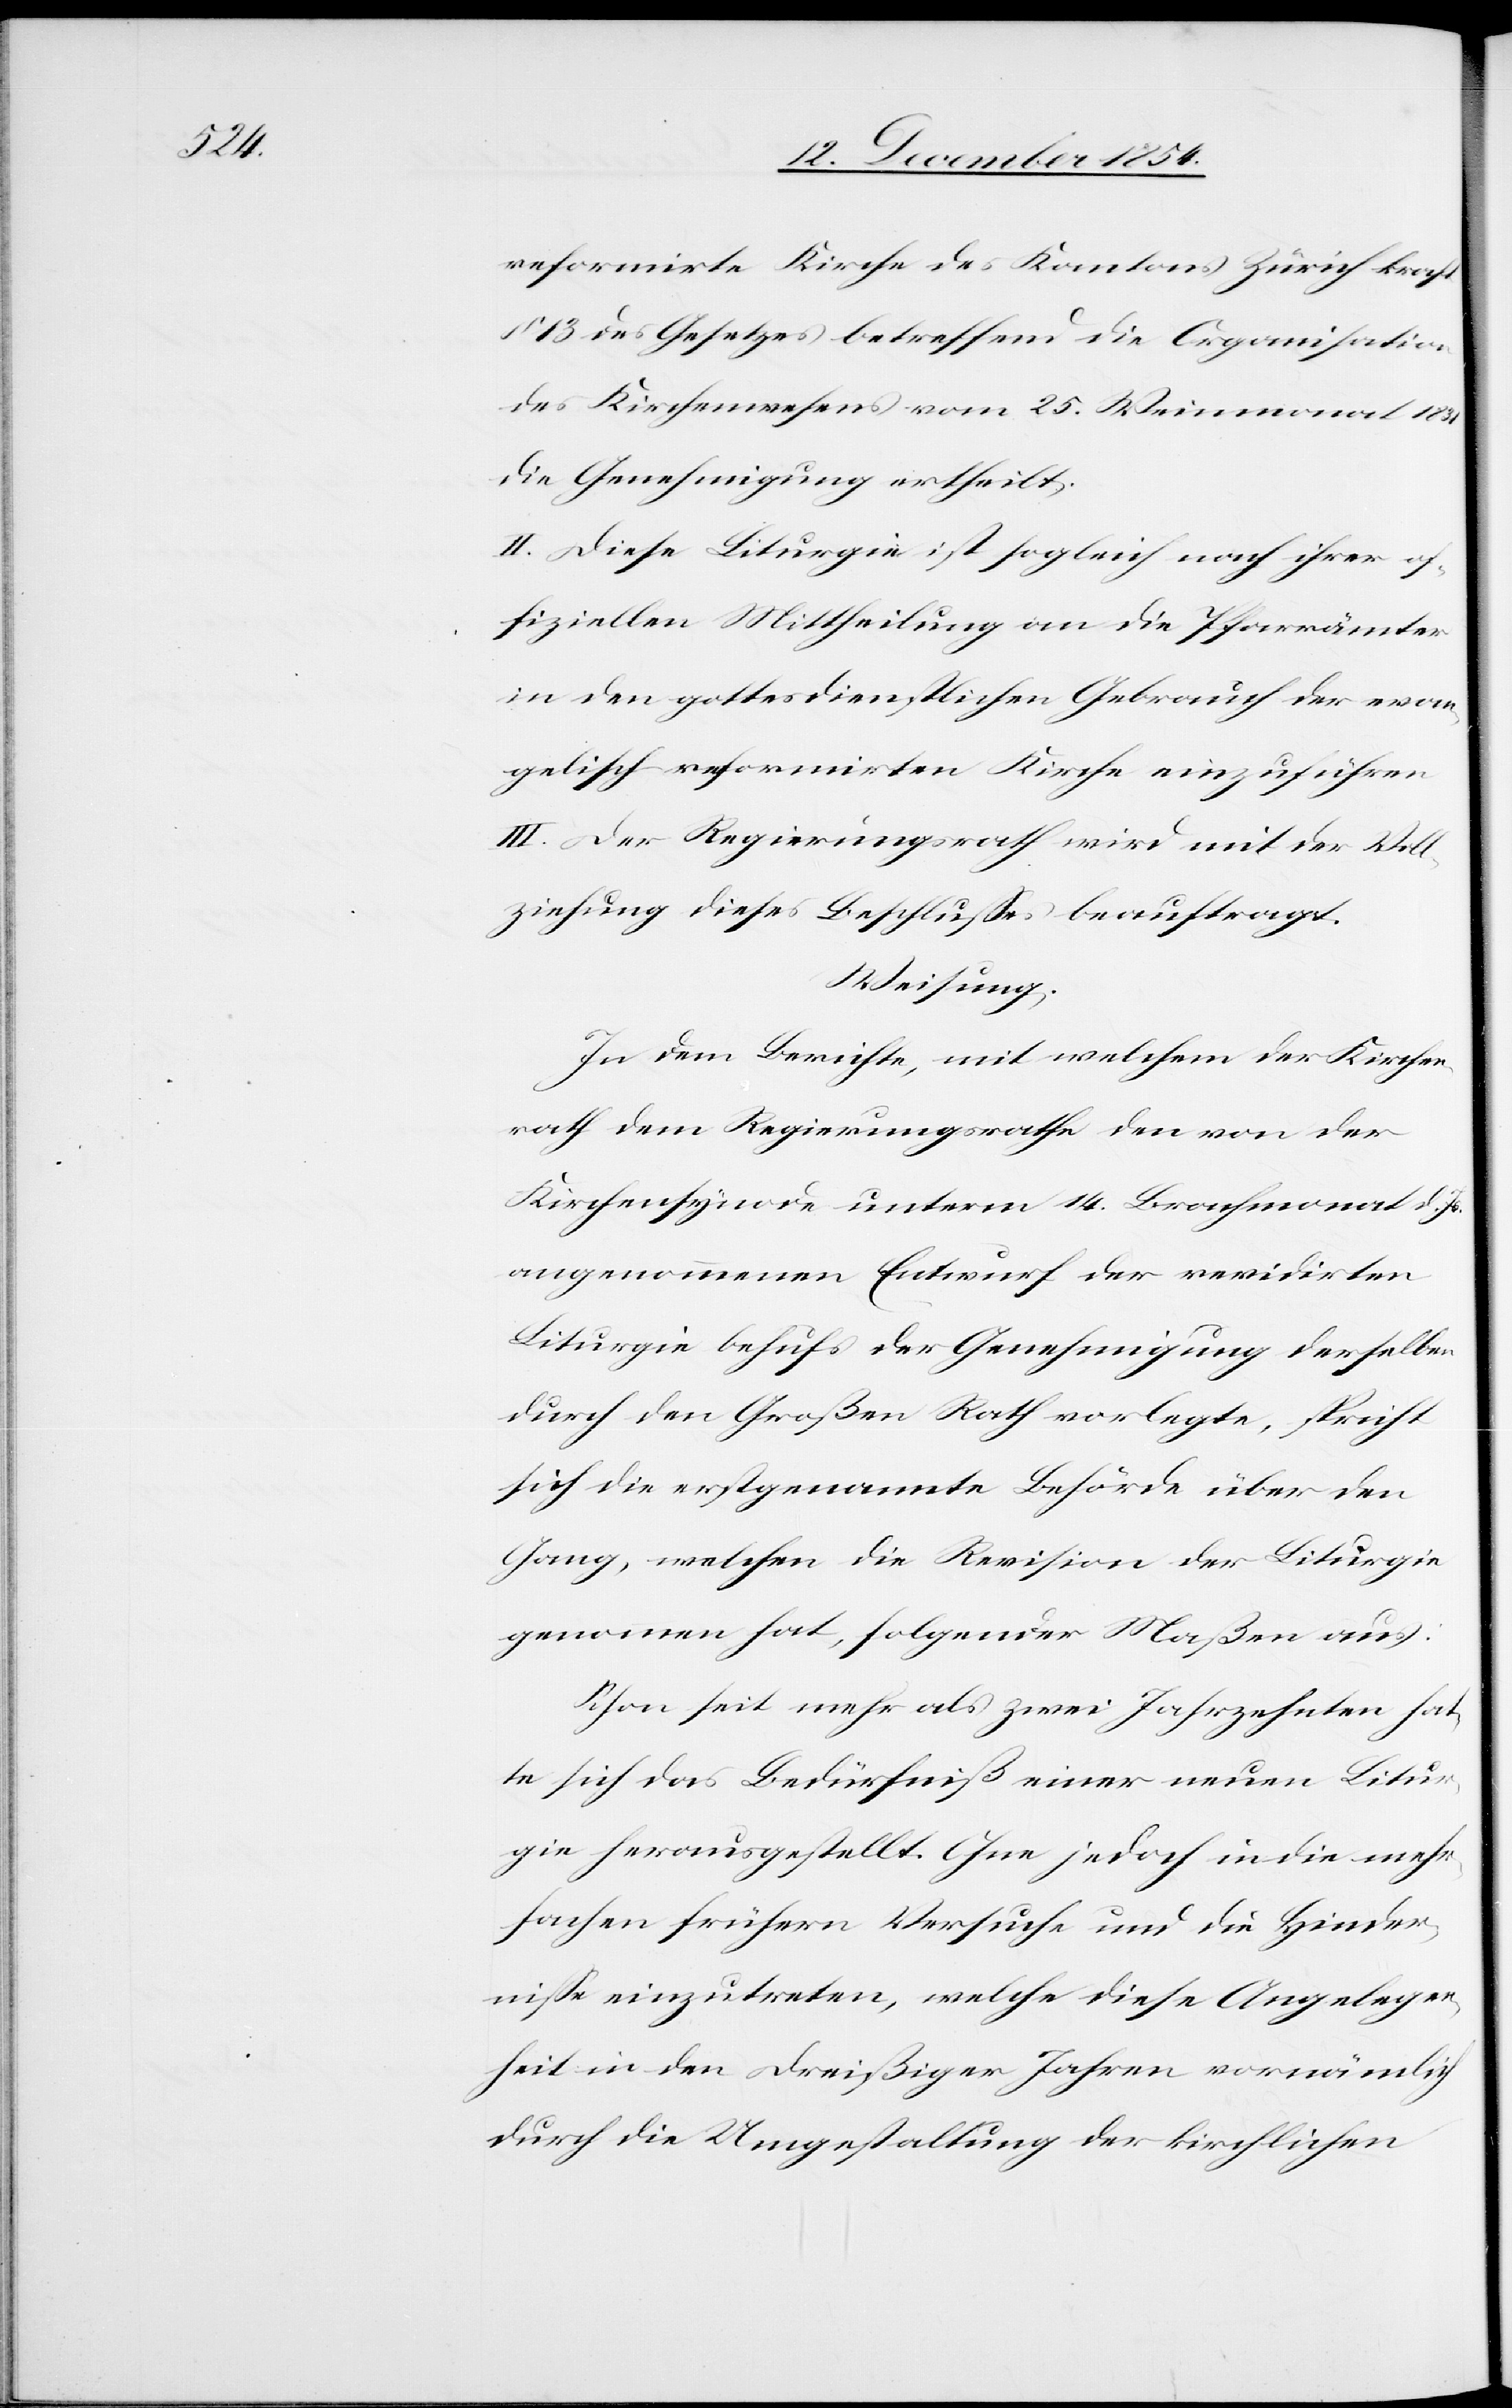
reformirte Kirche des Kantons Zürich kraft
§ 13 des Gesetzes betreffend die Organisation
des Kirchenwesens vom 25. Weinmonat 1831
die Genehmigung ertheilt.
II. Diese Liturgie ist sogleich nach ihrer of¬
fiziellen Mittheilung an die Pfarrämter
in den gottesdienstlichen Gebrauch der evan¬
gelisch reformirten Kirche einzuführen
III. Der Regierungsrath wird mit der Voll¬
ziehung dieses Beschlußes beauftragt.
Weisung.
In dem Berichte, mit welchem der Kirchen¬
rath dem Regierungsrathe den von der
Kirchensynode unterm 14. Brachmonat d. Js.
angenommenen Entwurf der revidirten
Liturgie behufs der Genehmigung derselben
durch den Großen Rath vorlegte, spricht
sich die erstgenannte Behörde über den
Gang, welchen die Revision der Liturgie
genommen hat, folgender Maßen aus:
Schon seit mehr als zwei Jahrzehnten hat¬
te sich das Bedürfniß einer neuen Litur¬
gie herausgestellt. Ohne jedoch in die mehr¬
fachen frühern Versuche und die Hinder¬
niße einzutreten, welche diese Angelegen¬
heit in den dreißiger Jahren vornämlich
durch die Umgestaltung der kirchlichen